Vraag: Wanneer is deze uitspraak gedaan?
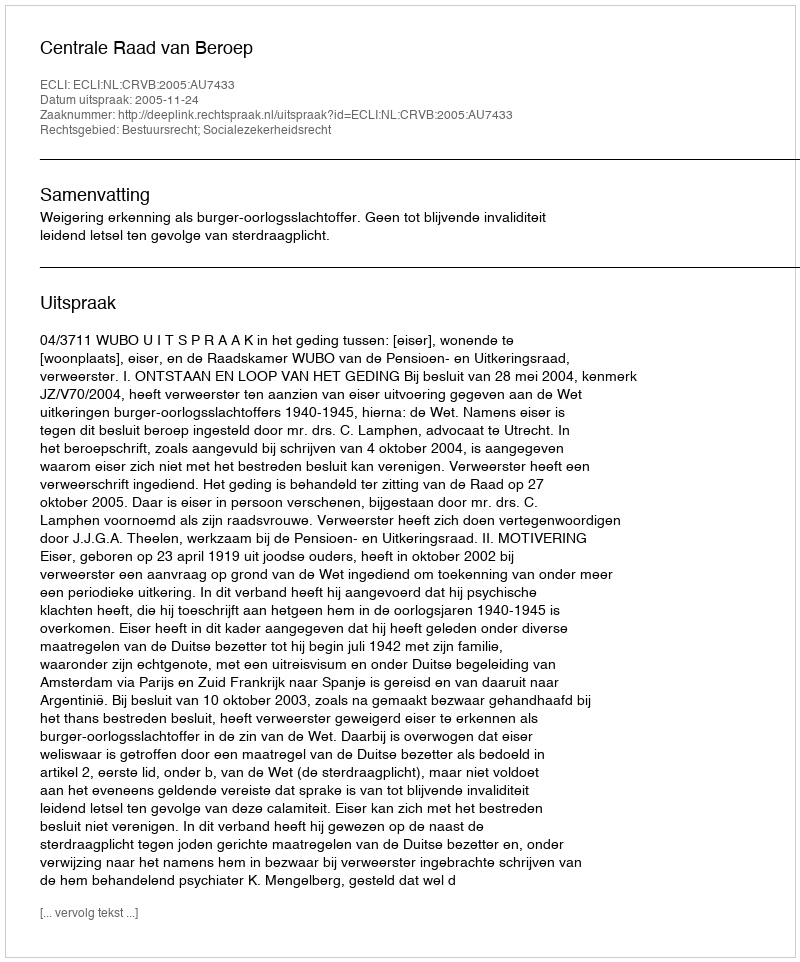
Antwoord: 2005-11-24